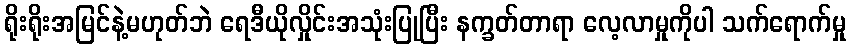
ရိုးရိုးအမြင်နဲ့မဟုတ်ဘဲ ရေဒီယိုလှိုင်းအသုံးပြုပြီး နက္ခတ်တာရာ လေ့လာမှုကိုပါ သက်ရောက်မှု